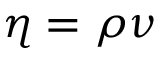
\eta = \rho \nu